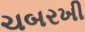
ચબરખી